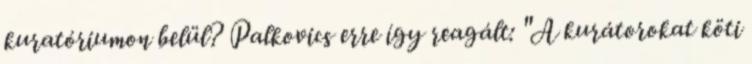
kuratóriumon belül? Palkovics erre így reagált: "A kurátorokat köti